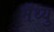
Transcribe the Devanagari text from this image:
मॅथ्यु